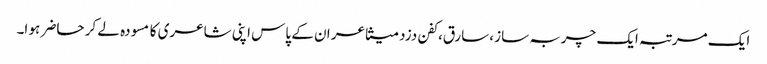
ایک مرتبہ ایک چربہ ساز ،سارق،کفن دزد متشاعر ان کے پاس اپنی شاعری کا مسودہ لے کر حاضر ہو ا۔